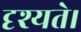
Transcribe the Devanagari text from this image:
दृश्यते।